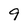
Character: 9